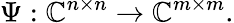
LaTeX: \Psi:\mathbb{C}^{n\times n}\rightarrow\mathbb{C}^{m\times m}.